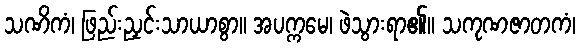
သဏိကံ၊ ဖြည်းညှင်းသာယာစွာ။ အပက္ကမေ၊ ဖဲသွားရာ၏။ သကုဏဇာတကံ၊